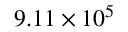
9 . 1 1 \times 1 0 ^ { 5 }